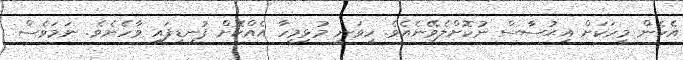
އެހެން މީހަކަށް އިޙުސާސް ނުކޮށްލެވޭނެއެވެ. ހީވަނީ މުޅިމީހާ އެއްކޮށް ފުނޑިފައި ވާހެނެވެ. ނަމަވެސް